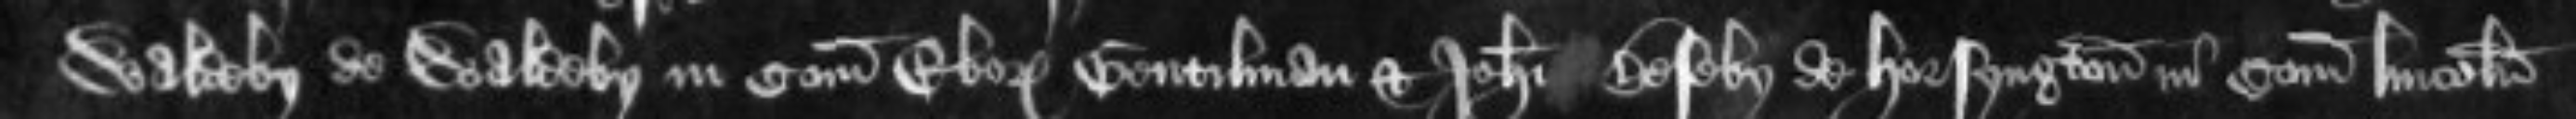
Waldeby de Waldeby in Comitatu Eboraci Gentilman et Johanni Beseby de Horsyngton in Comitatu Lincolnie